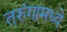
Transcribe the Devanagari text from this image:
तरुंगामध्ये